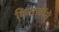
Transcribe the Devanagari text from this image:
किताबोंमे